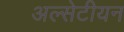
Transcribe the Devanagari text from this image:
अल्सेटीयन